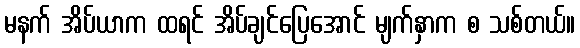
မနက် အိပ်ယာက ထရင် အိပ်ချင်ပြေအောင် မျက်နှာက စ သစ်တယ်။